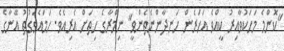
"ކޮންމެ މަހަކުވާއިރު ކީއްވެ އަހަރެން ހަނދާންނެތެންވީ" ނިމްރާގެ ހިތަށް އެރިއެވެ. ހަމައެވަގުތު އޭނާގެ